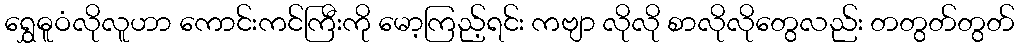
ရွှေဓူဝံလိုလူဟာ ကောင်းကင်ကြီးကို မော့ကြည့်ရင်း ကဗျာ လိုလို စာလိုလိုတွေလည်း တတွတ်တွတ်